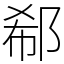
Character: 郗